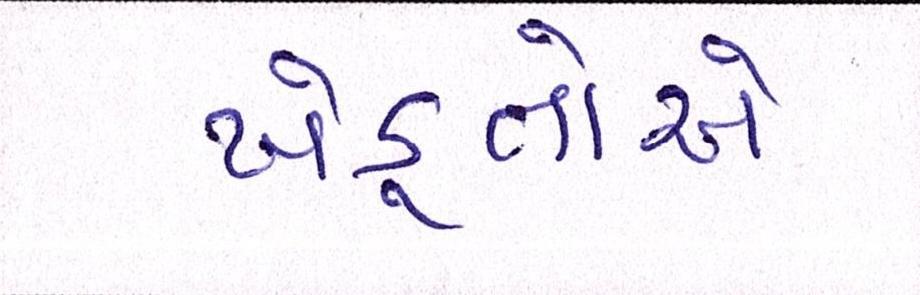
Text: ખેડ઼ૂતોએ